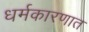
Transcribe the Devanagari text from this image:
धर्मकारणात